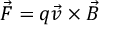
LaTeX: { \vec { F } } = q { \vec { v } } \times { \vec { B } }